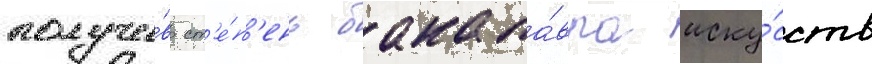
получи́в ст'е́п'ень бакала́вра иску́сств